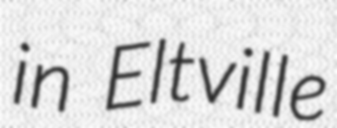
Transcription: in Eltville